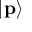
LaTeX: \vert \mathbf { p } \rangle